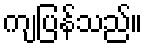
ကျပြန်သည်။